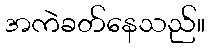
အကဲခတ်နေသည်။